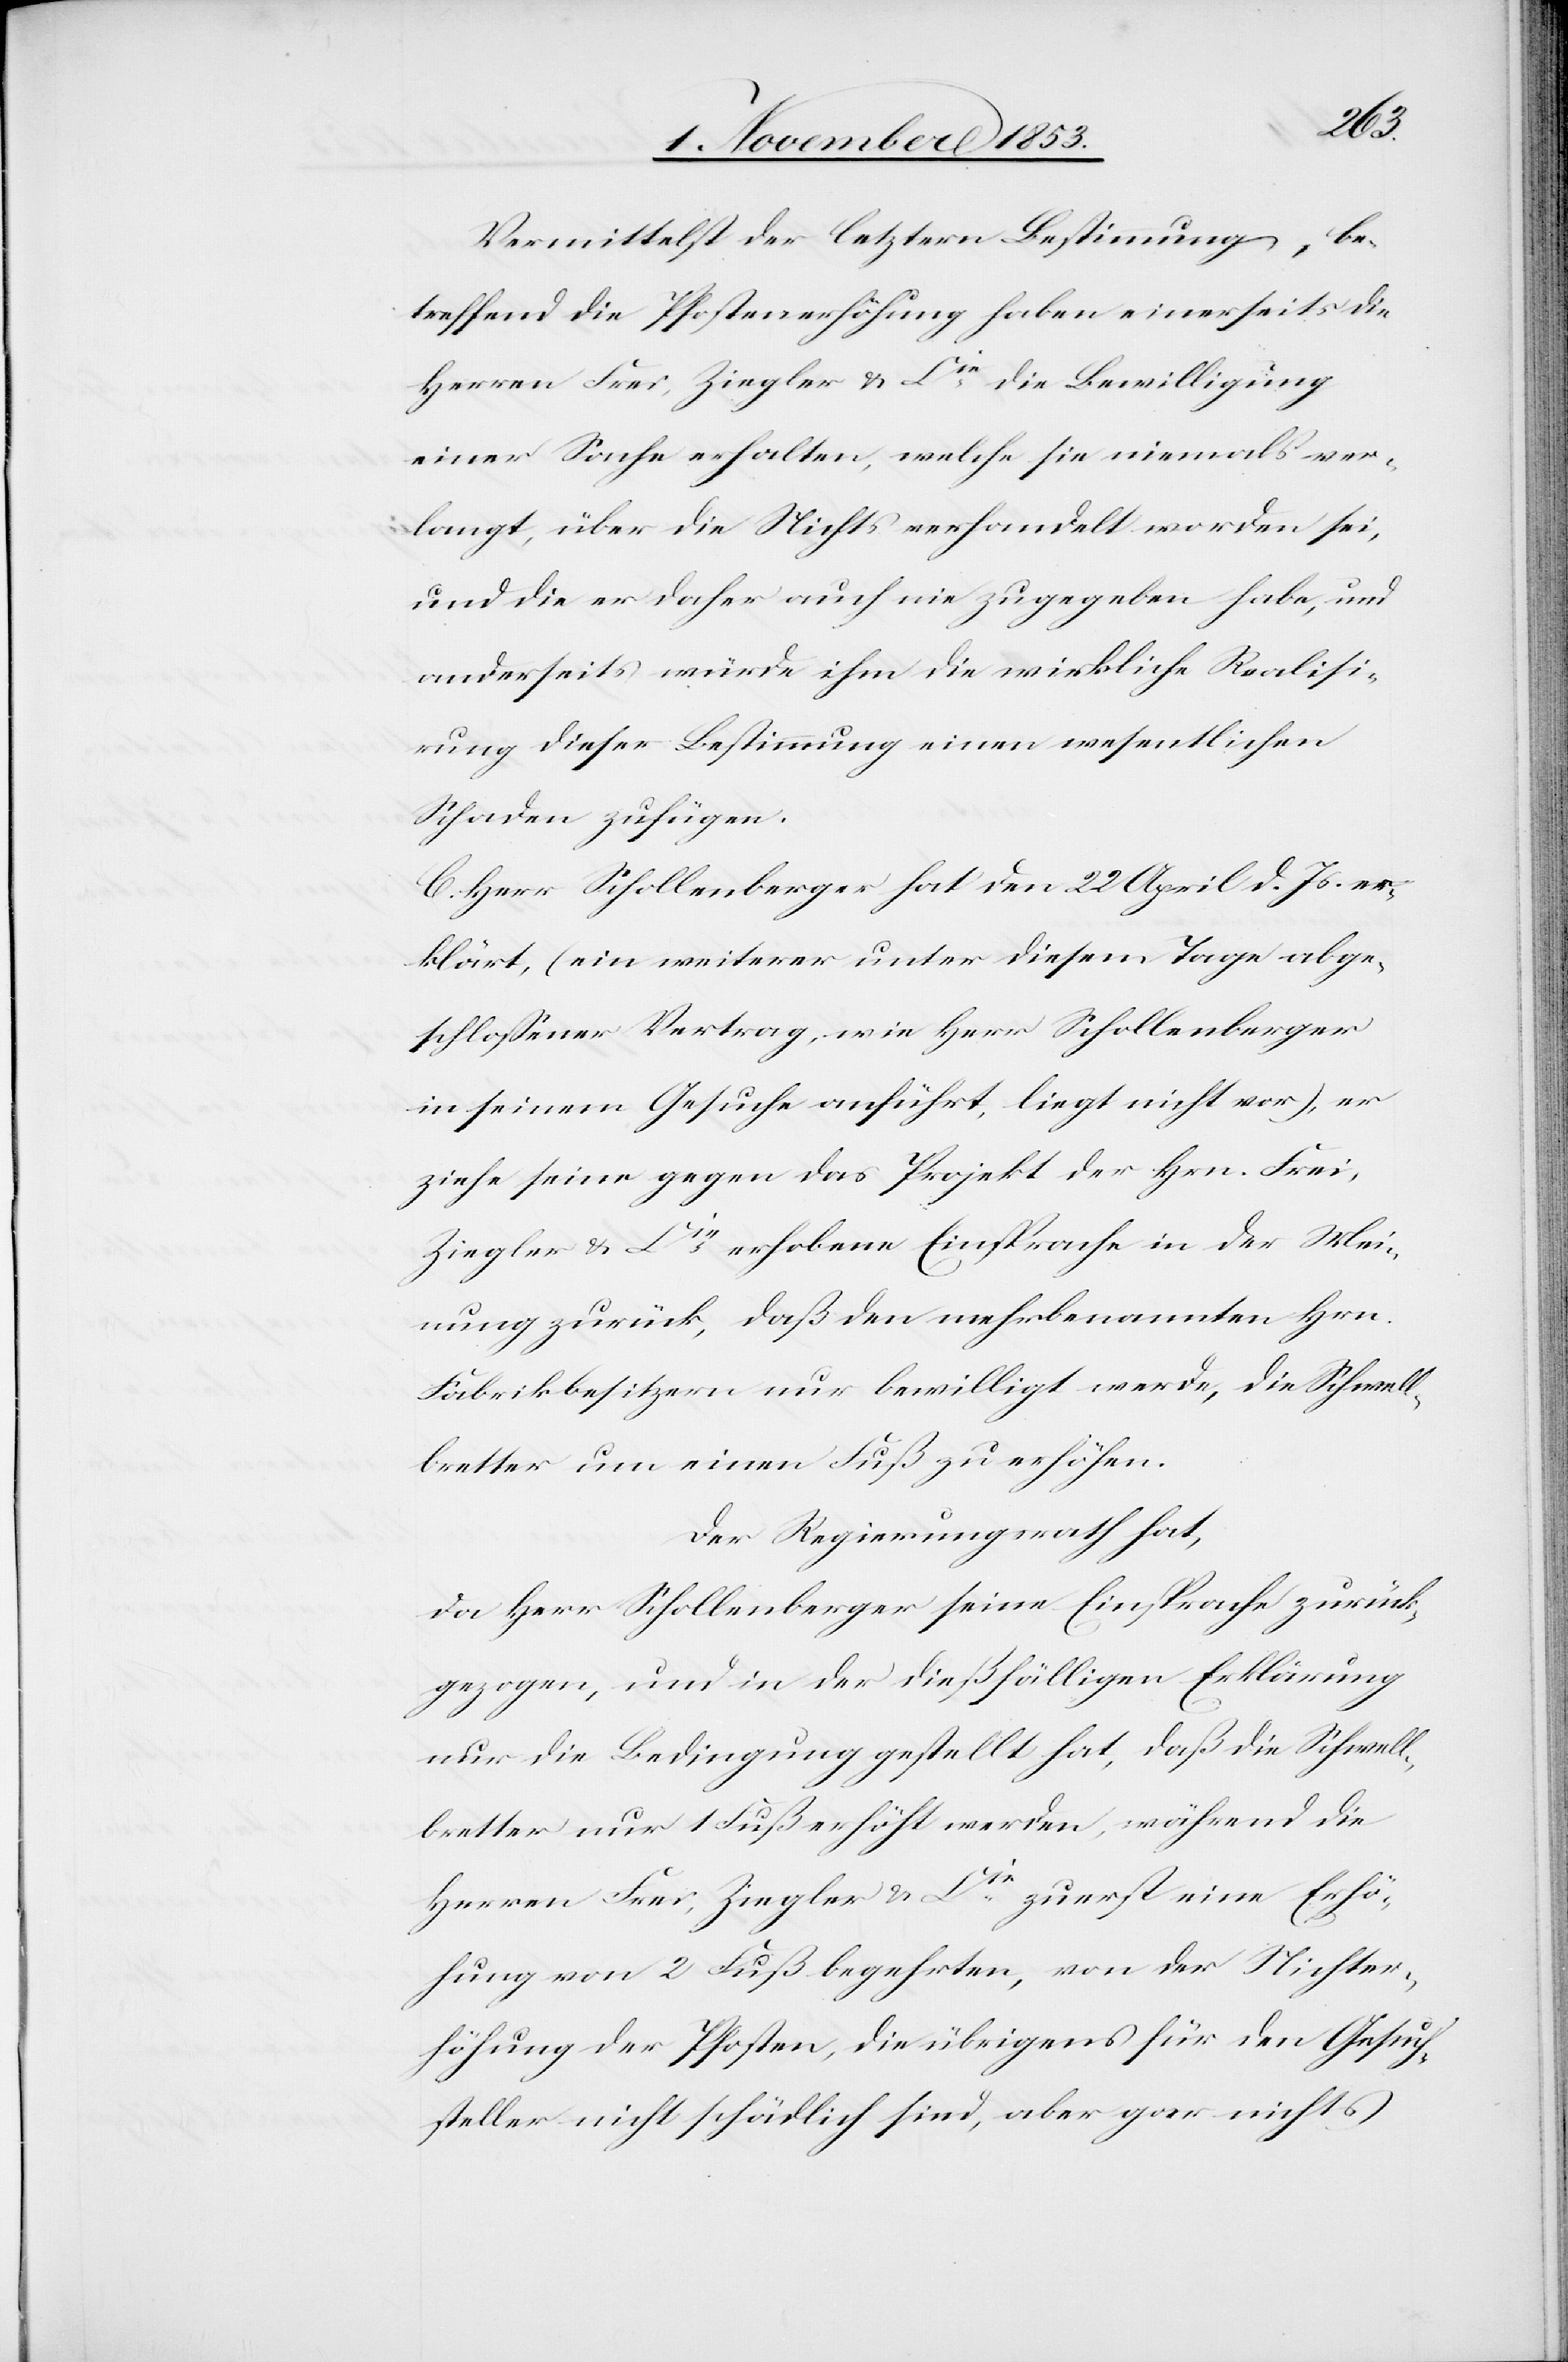
Vermittelst der letztern Bestimmung, be¬
treffend die Pfostenerhöhung haben einerseits die
Herren Frei, Ziegler u. Cie die Bewilligung
einer Sache erhalten, welche sie niemals ver¬
langt, über die Nichts verhandelt worden sei,
und die er daher auch nie zugegeben habe, und
anderseits würde ihm die wirkliche Realisati¬
on dieser Bestimmung einen wesentlichen
Schaden zufügen.
C. Herr Schollenberger hat den 22 April d. Js. er¬
klärt, (ein weiterer unter diesem Tage abge¬
schloßener Vertrag, wie Herr Schollenberger
in seinem Gesuche anführt, liegt nicht vor), er
ziehe seine gegen das Projekt der Hrn. Frei,
Ziegler u. Cie, erhobene Einsprache in der Wei¬
sung zurück, daß den mehrbenannten Hrn.
Fabrikbesitzern nur bewilligt werde, die Schwell¬
bretter um einen Fuß zu erhöhen.
Der Regierungsrath hat,
da Herr Schollenberger seine Einsprache zurück¬
gezogen, und in der dießfälligen Erklärung
nur die Bedingung gestellt hat, daß die Schwell¬
bretter nur 1 Fuß erhöht werden, während die
Herren Frei, Ziegler u. Cie, zuerst eine Erhö¬
hung von 2 Fuß begehrten, von der Nichter¬
höhung der Pfosten, die übrigens für den Gesuch¬
steller nicht schädlich sind, aber gar nichts